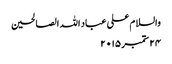
والسلام علی عباد اللہ الصالحین
۲۴ ستمبر ۲۰۱۵